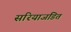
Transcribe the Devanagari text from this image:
सरियाजडित